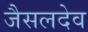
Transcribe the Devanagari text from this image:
जैसलदेव